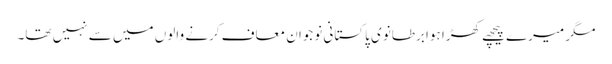
مگر میرے پیچھے کھڑا ہوا برطانوی پاکستانی نوجوان معاف کرنے والوں میں سے نہیں تھا۔